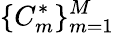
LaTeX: \{ C_{m}^{*}\} _{m=1}^{M}